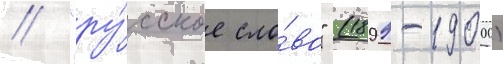
/ "ру́сское сло́во" (1899-1900)